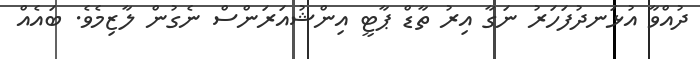
ދުއްވާ އުޅަނދުފަހަރު ނަގާ އިރު ތާޑް ޕާޓީ އިންޝުއަރަންސް ނެގުން ލާޒިމެވެ. ބައެއް